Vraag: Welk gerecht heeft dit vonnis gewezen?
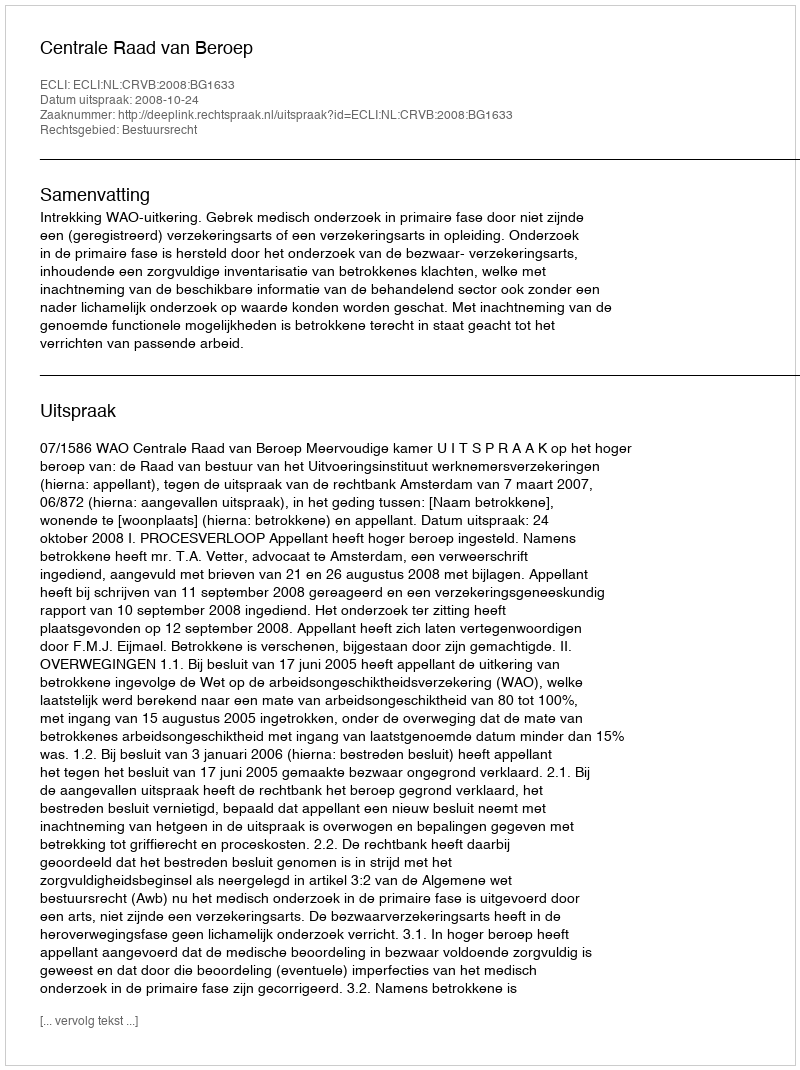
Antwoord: Centrale Raad van Beroep